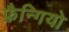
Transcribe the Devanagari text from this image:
फ़ैन्गियो